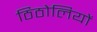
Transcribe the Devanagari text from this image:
ठिठोलियों